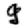
Digit: 9